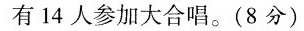
有14人参加大合唱。(8分)